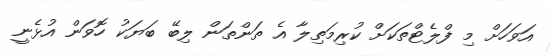
އަވަހަށް މި ފްލެޓްތަކަށް ކުރިމަތިލާ އެ ތަންތަން ލިބޭ ބަޔަކު ހޮވަން އުޅެނީ